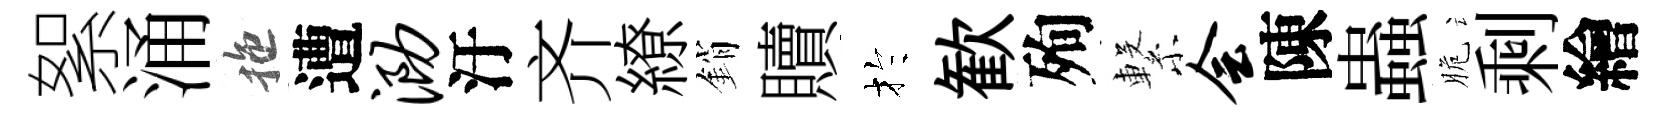
絮涌拖遭泐汙齐繚銷贖扵歓殉繋会陳蟲脆剩繪